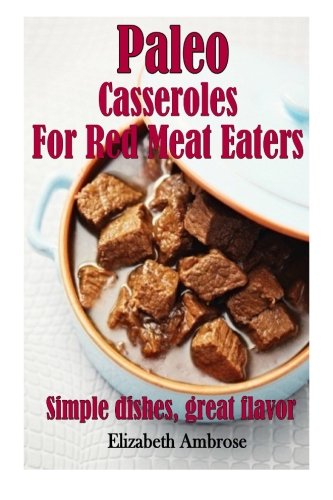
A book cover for Paleo  Casseroles  For Red Meat Eaters: Simple dishes, great flavor (Volume 2); Elizabeth Ambrose; Cookbooks, Food & Wine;